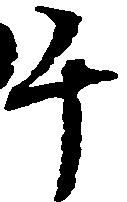
千